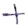
Text: +